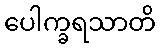
ပေါက္ခရသာတိ